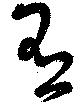
有